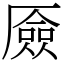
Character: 厱